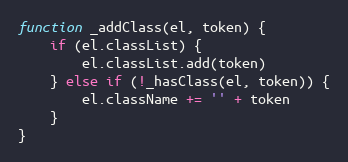
Language: JavaScript
function _addClass(el, token) {
	if (el.classList) {
		el.classList.add(token)
	} else if (!_hasClass(el, token)) {
		el.className += '' + token
	}
}